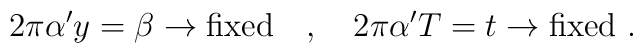
2 \pi \alpha^{\prime} y = \beta \rightarrow {\rm fixed} ~~~ , ~~~2 \pi \alpha^{\prime} T = t \rightarrow {\rm fixed} ~ .